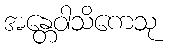
အန္တေဝါသိကေသု